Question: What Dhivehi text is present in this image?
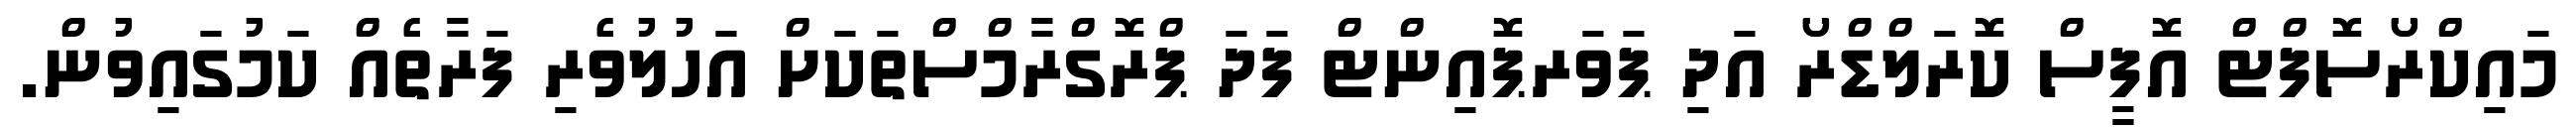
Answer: މައިކްރޯސޮފްޓް އޮފީސް ކޮރަލްޑްރޯ އަދި ޕަވަރޕޮއިންޓް ފަދަ ޕްރޮގްރާމްސްތަކަށް އަހުލުވެރި ފަރާތެއް ކަމުގައިވުން.